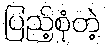
ပြည့်စုံတဲ့